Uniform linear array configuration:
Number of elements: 32
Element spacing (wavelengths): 0.75
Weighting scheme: kaiser
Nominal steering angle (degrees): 60
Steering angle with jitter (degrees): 58.487
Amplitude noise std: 0.05
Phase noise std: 0.05

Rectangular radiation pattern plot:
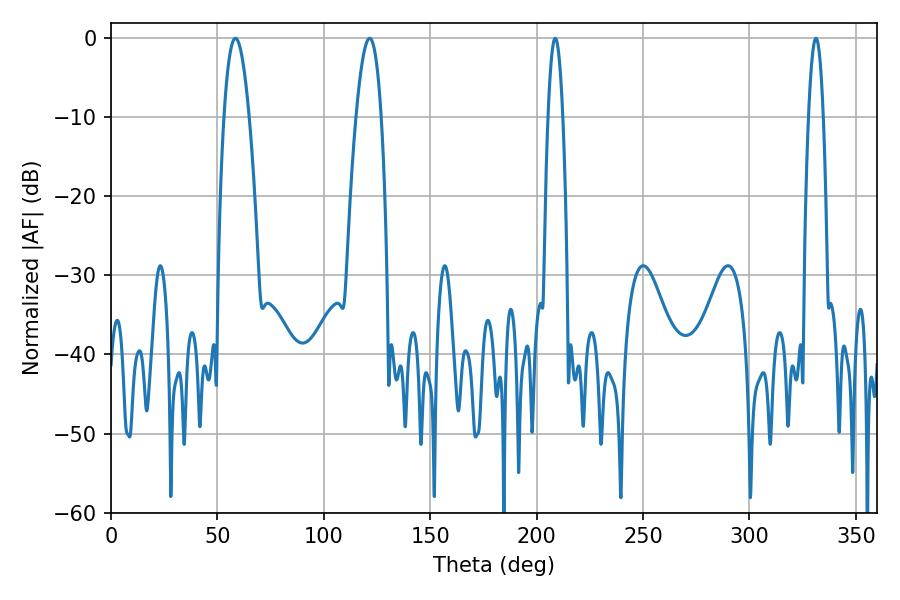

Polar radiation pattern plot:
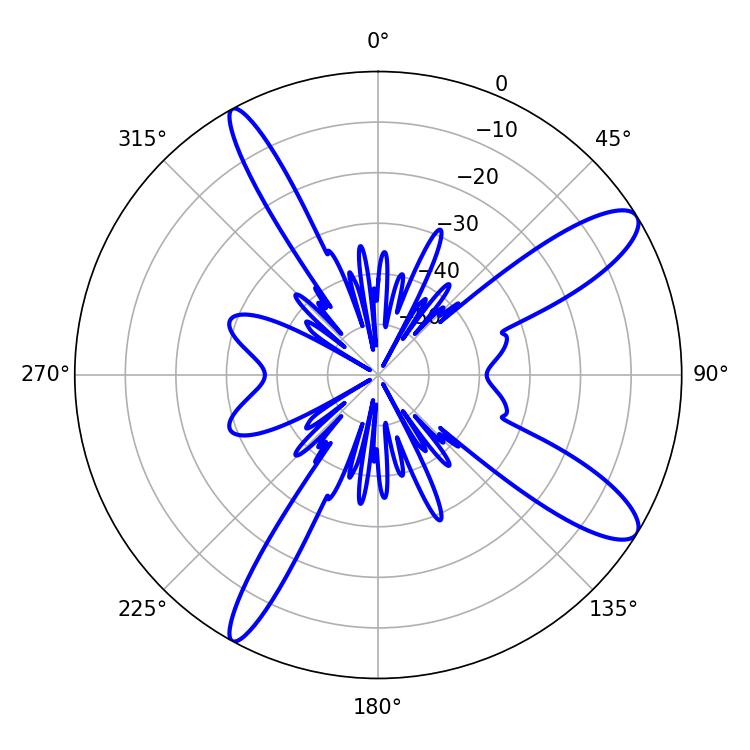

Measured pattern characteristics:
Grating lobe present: TRUE
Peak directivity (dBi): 11.573
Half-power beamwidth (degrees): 6.48
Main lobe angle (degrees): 58.5